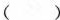
( )